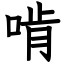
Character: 啃